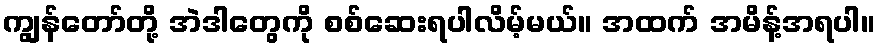
ကျွန်တော်တို့ အဲဒါတွေကို စစ်ဆေးရပါလိမ့်မယ်။ အထက် အမိန့်အရပါ။